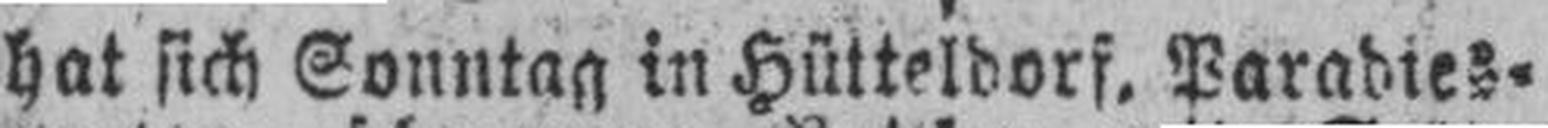
hat sich Sonntag in Hütteldorf, Paradies¬